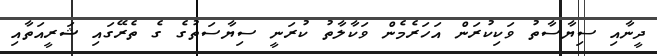
ދީނާއި ސިޔާސާތު ވަކިކުރަން އަހަރެމެން ވަކާލާތު ކުރަނީ ސިޔާސަތުގެ ގެ ތެރޭގައި ޝަރީއަތާއި